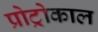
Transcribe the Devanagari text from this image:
प्रोट्रोकाल